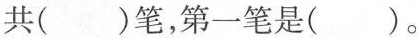
共（）笔，第一笔是（）。